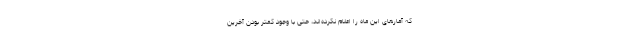
که آمارهای این ماه را اعلام نکرده‌اند، حتی با وجود کمتر بودن آخرین